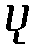
ပု